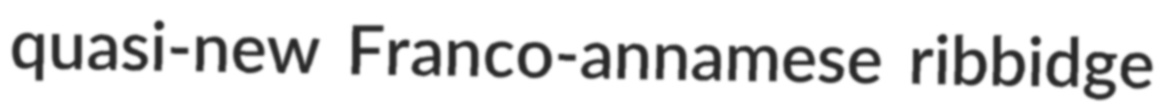
quasi-new Franco-annamese ribbidge